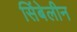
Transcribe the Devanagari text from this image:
सिंबेलीन